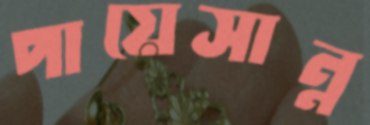
পায়েসান্ন